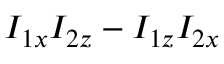
I _ { 1 x } I _ { 2 z } - I _ { 1 z } I _ { 2 x }